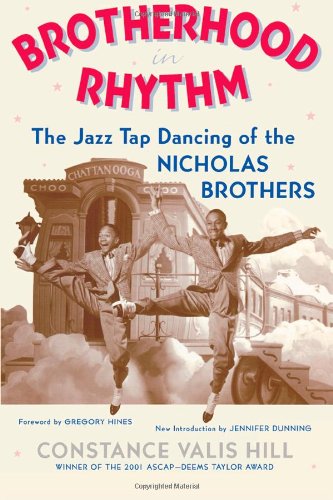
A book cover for Brotherhood In Rhythm: The Jazz Tap Dancing of the Nicholas Brothers; Constance Valis Hill; Biographies & Memoirs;